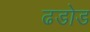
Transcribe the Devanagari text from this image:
ढडोड